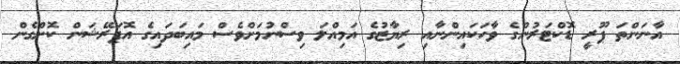
އާނަންތަ ޕޫރީ ޑޮކްޓަރުންގެ ވާހަކައިންނާއި ރިޔާޒުގެ އަމިއްލަ ވިސްނުމަށްވެސް މައިބަދައިގެ އޮޕަރޭޝަން ކޮށްގެން